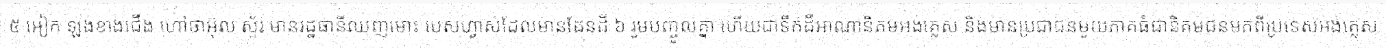
៥ អៀក ឡង់ខាងជើង ហៅថាអ៊ុល ស្ទ័រ មានរដ្ឋធានីឈញមោះ បេសហ្វាស់ដែលមានដែនដី ៦ រួមបញ្ចូលគ្នា ហើយជាទឹកដីអាណានិគមអង់គ្លេស និងមានប្រជាជនមួយភាគធំជានិគមជនមកពីប្រទេសអង់គ្លេស